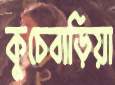
কুচেবাড়িয়া